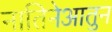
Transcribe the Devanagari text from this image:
नातिनेआतुन